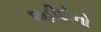
શહીદોનો